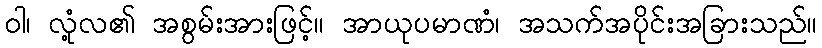
ဝါ၊ လုံ့လ၏ အစွမ်းအားဖြင့်။ အာယုပမာဏံ၊ အသက်အပိုင်းအခြားသည်။